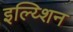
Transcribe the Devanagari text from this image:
इल्य्शिन